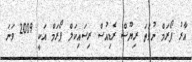
އާރު ފޯރަމް ނުވަތަ ރިޔޫސް ރެޑިއުސް ރިސައިކަލް ޕޯރަމް އަކީ 2009 ވަނަ